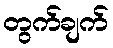
တွက်ချက်